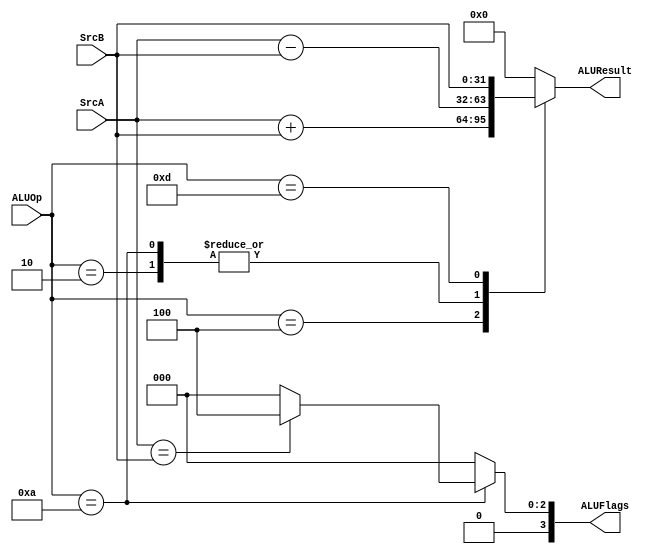
module ALU(
	//TODO: Add some input or output parameters to deliever operands and results
	input [31:0] SrcA,
	input [31:0] SrcB,
	input [ 3:0] ALUOp,
	output reg [ 3:0] ALUFlags,	
	output reg [31:0] ALUResult		
	);
	
	always @ (*)
	//TODO: Write code for ALU calculation by cases(e.g., ADD, SUB)
	begin
		case(ALUOp)
		4'b0100: begin  // ADD
			ALUResult = SrcA + SrcB;
			ALUFlags = 4'b0000;
		end		
		4'b0010: begin  // SUB
			ALUResult = SrcA - SrcB;
			ALUFlags = 4'b0000;
		end
		4'b1010: begin  // CMP 
			ALUResult = SrcA - SrcB;
			ALUFlags = (SrcA == SrcB) ? 4'b0100 : 4'b0000;
		end	
	//TODO: Write code for data transfer instruction(e.g., MOV)
		4'b1101: begin  // MOV
			ALUResult = SrcB;
			ALUFlags = 4'b0000;			
		end
		default: begin 
			ALUResult = 32'h0;
			ALUFlags = 4'b0000;
		end 
		endcase
	end
	
endmodule